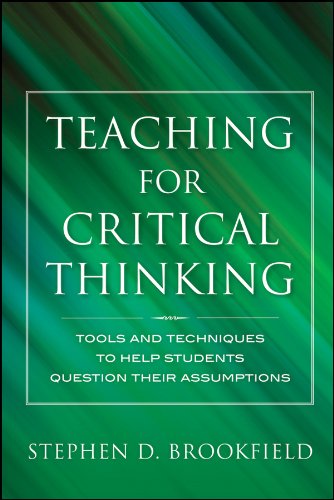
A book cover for Teaching for Critical Thinking: Tools and Techniques to Help Students Question Their Assumptions; Stephen D. Brookfield; Education & Teaching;